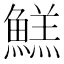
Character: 𱆺